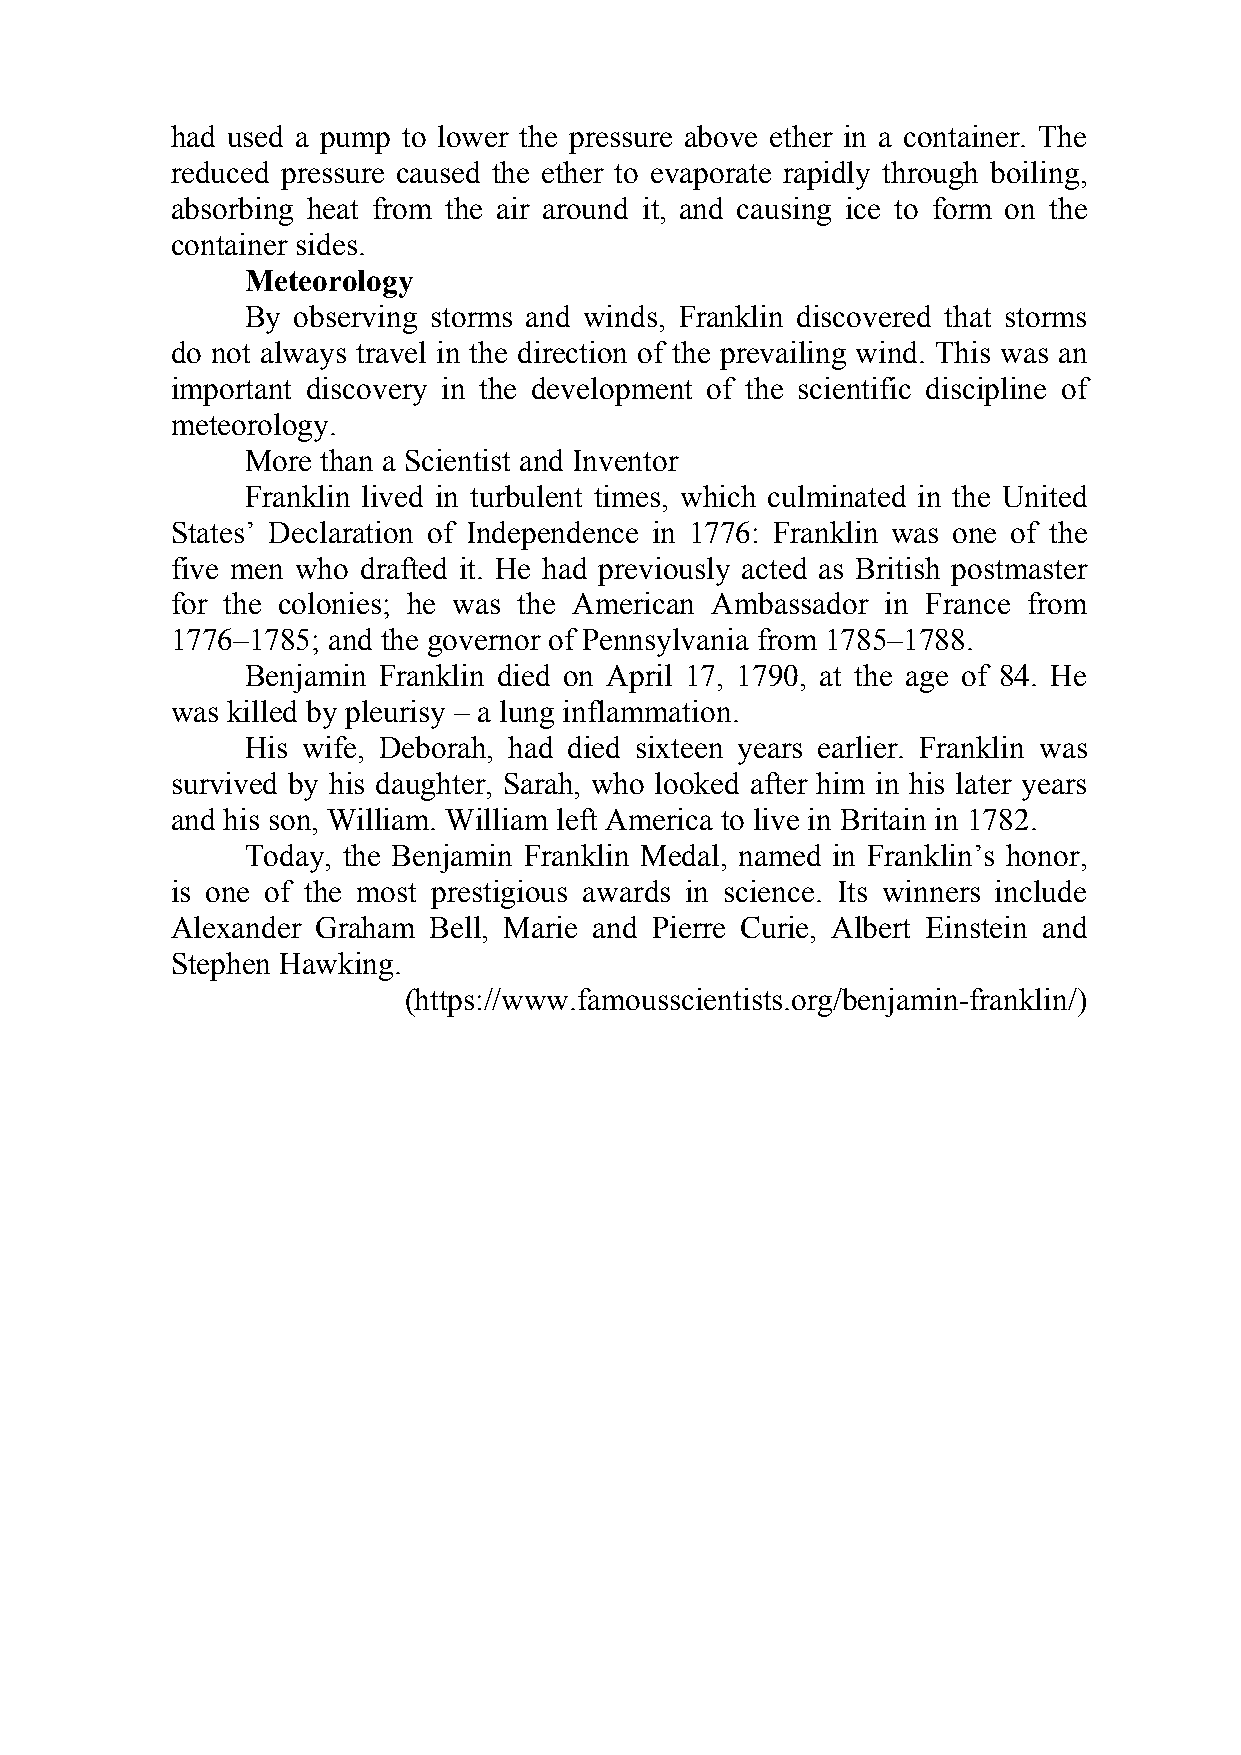
had used a pump to lower the pressure above ether in a container. The
 reduced pressure caused the ether to evaporate rapidly through boiling,
 absorbing heat from the air around it, and causing ice to form on the
 container sides.
 Meteorology
 By observing storms and winds, Franklin discovered that storms
 do not always travel in the direction of the prevailing wind. This was an
 important discovery in the development of the scientific discipline of
 meteorology.
 More than a Scientist and Inventor
 Franklin lived in turbulent times, which culminated in the United
 States’ Declaration of Independence in 1776: Franklin was one of the
 five men who drafted it. He had previously acted as British postmaster
 for the colonies; he was the American Ambassador in France from
 1776–1785; and the governor of Pennsylvania from 1785–1788.
 Benjamin Franklin died on April 17, 1790, at the age of 84. He
 was killed by pleurisy – a lung inflammation.
 His wife, Deborah, had died sixteen years earlier. Franklin was
 survived by his daughter, Sarah, who looked after him in his later years
 and his son, William. William left America to live in Britain in 1782.
 Today, the Benjamin Franklin Medal, named in Franklin’s honor,
 is one of the most prestigious awards in science. Its winners include
 Alexander Graham Bell, Marie and Pierre Curie, Albert Einstein and
 Stephen Hawking.
 (https://www.famousscientists.org/benjamin-franklin/)
 97